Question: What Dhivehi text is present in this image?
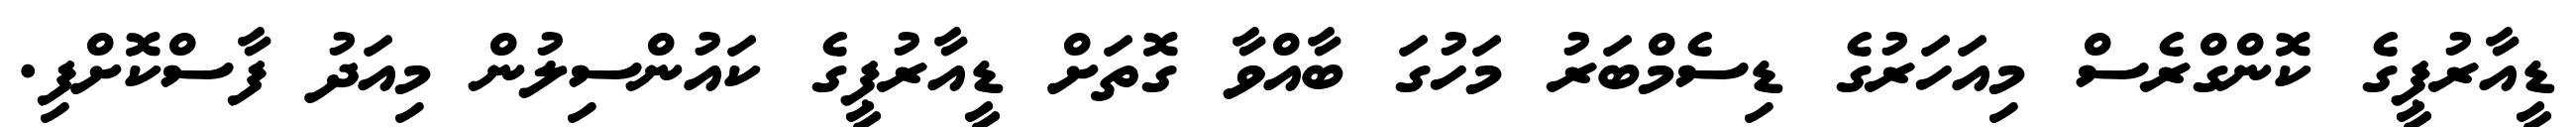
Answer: ޑީއާރުޕީގެ ކޮންގްރެސް މިއަހަރުގެ ޑިސެމްބަރު މަހުގަ ބާއްވާ ގޮތަށް ޑީއާރުޕީގެ ކައުންސިލުން މިއަދު ފާސްކޮށްފި.